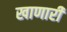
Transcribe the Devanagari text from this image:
खाणारी